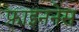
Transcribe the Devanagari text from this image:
फ़ाइननेस